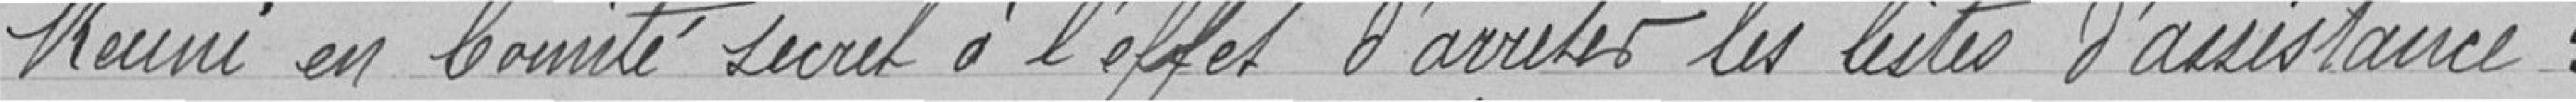
Réuni en Comité secret à l'effet d'arrêter les listes d’assistance :